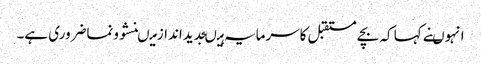
انہوںنے کہا کہ بچے مستقبل کاسرمایہ ہیںجدیداندازمیںنشوونماضروری ہے۔